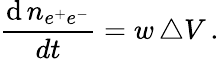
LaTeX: \frac{\mathrm{d}\, n_{e^{+}e^{-}}}{dt}=w\, \triangle V\, .